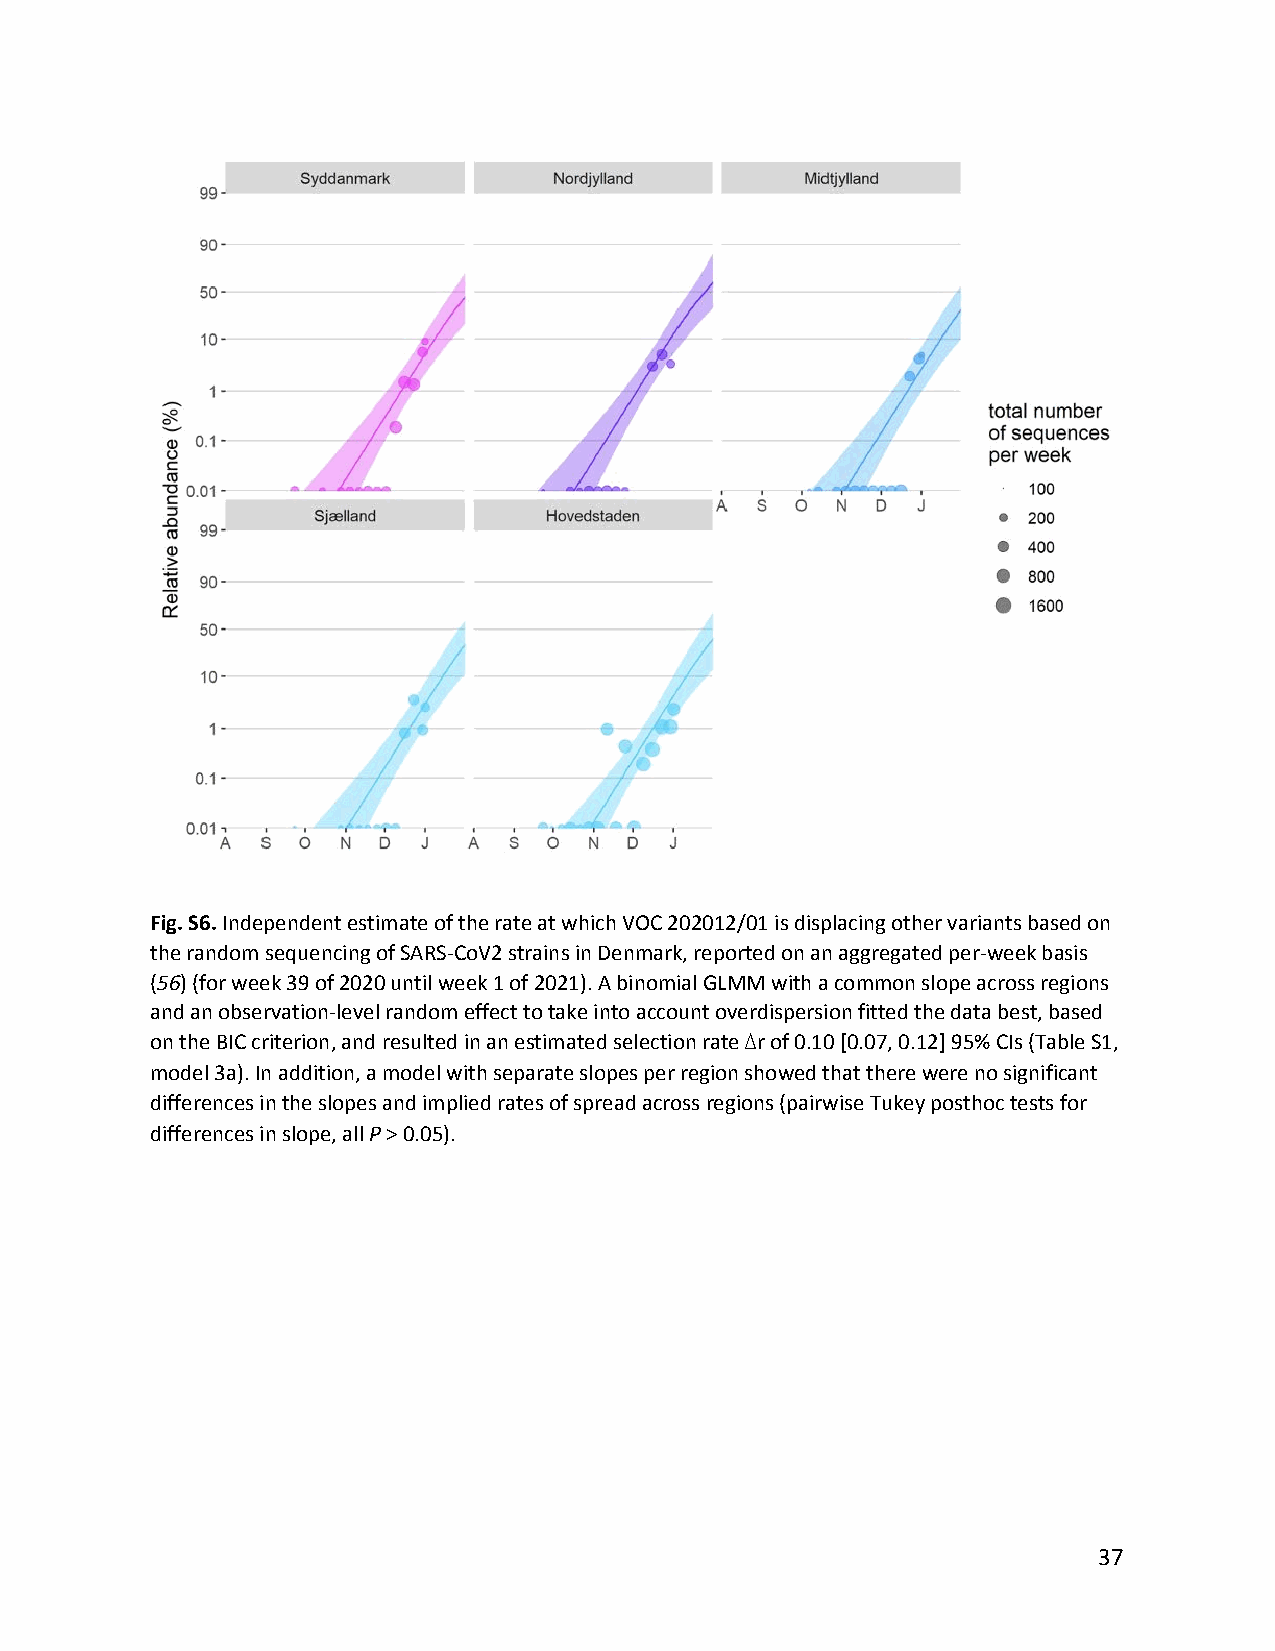
Fig. S6. Independent estimate of the rate at which VOC 202012/01 is displacing other variants based on
 ​
 the random sequencing of SARS-CoV2 strains in Denmark, reported on an aggregated per-week basis
 (56) (for week 39 of 2020 until week 1 of 2021). A binomial GLMM with a common slope across regions
 ​ ​​
 and an observation-level random effect to take into account overdispersion fitted the data best, based
 on the BIC criterion, and resulted in an estimated selection rate ∆r of 0.10 [0.07, 0.12] 95% CIs (Table S1,
 model 3a). In addition, a model with separate slopes per region showed that there were no significant
 differences in the slopes and implied rates of spread across regions (pairwise Tukey posthoc tests for
 differences in slope, all P > 0.05).
 ​ ​
 37